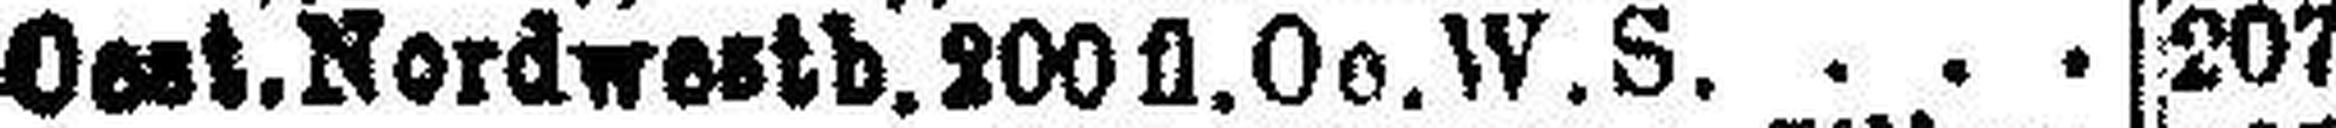
Oest. Nordwestb. 200fl. Oe. W. S.